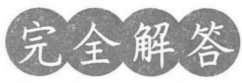
完全解答